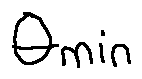
\theta _ { m i n }